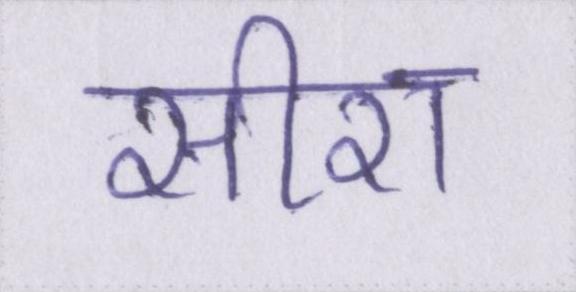
सीरा